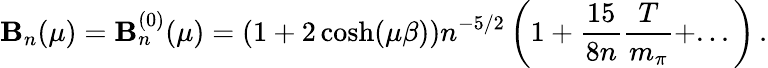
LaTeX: \mathbf{B}_{n}(\mu)=\mathbf{B}_{n}^{(0)}(\mu)=(1+2\cosh(\mu\beta))n^{-5/2}\left(1+\frac{{15}}{{8n}}\frac{{T}}{{m_{\pi}}}+...\right)\, .